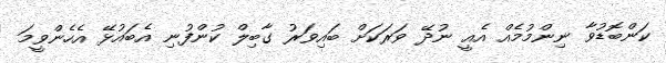
ކަންބޮޑުވާ ނިންމުމެއް އެއީ ނުދޭ ވަރަކަށް ބައިވަރު ގާބިލް ކުންފުނި އެބައުޅޭ އެހެންވީމަ